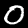
Label: 0